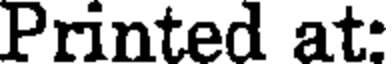
Printed at: